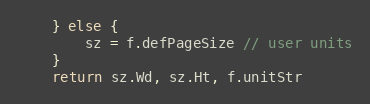
Language: Go
	} else {
		sz = f.defPageSize // user units
	}
	return sz.Wd, sz.Ht, f.unitStr